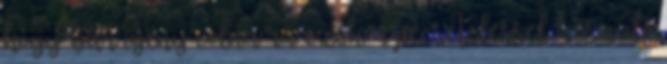
hogy bár igény volna rá ezek a pecsételéssel készülő